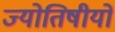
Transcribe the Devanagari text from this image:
ज्योतिषीयों